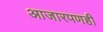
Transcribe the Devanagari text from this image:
आजारपणही